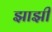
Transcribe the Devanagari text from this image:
झाझी